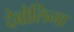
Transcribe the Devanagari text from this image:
देबोलिना